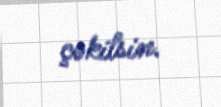
çəkilsin.